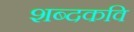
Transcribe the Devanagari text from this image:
शब्दकवि